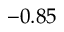
- 0 . 8 5